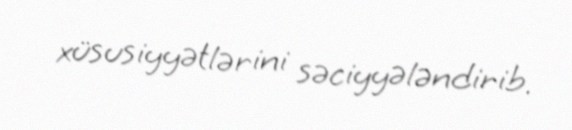
xüsusiyyətlərini səciyyələndirib.